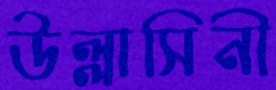
উল্লাসিনী